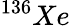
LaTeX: ^{136}Xe